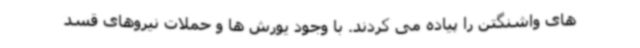
های واشنگتن را پیاده می کردند. با وجود یورش ها و حملات نیروهای قسد